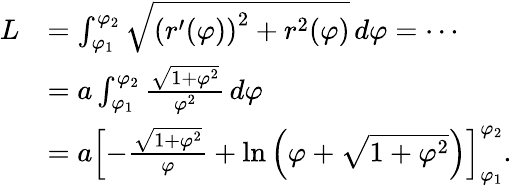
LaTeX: {\begin{array}{rl}{L}&{=\int_{\varphi_{1}}^{\varphi_{2}}{\sqrt{\left(r^{\prime}(\varphi)\right)^{2}+r^{2}(\varphi)}}\, d\varphi=\cdots}\\ &{=a\int_{\varphi_{1}}^{\varphi_{2}}{\frac{\sqrt{1+\varphi^{2}}}{\varphi^{2}}}\, d\varphi}\\ &{=a\left[-{\frac{\sqrt{1+\varphi^{2}}}{\varphi}}+\ln\left(\varphi+{\sqrt{1+\varphi^{2}}}\right)\right]_{\varphi_{1}}^{\varphi_{2}}.}\end{array}}